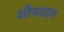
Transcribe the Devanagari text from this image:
शौयादय